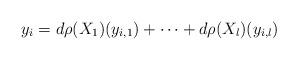
LaTeX: \begin{align*} y_i=d\rho(X_1)(y_{i,1}) + \dots + d\rho(X_l)(y_{i,l})\end{align*}